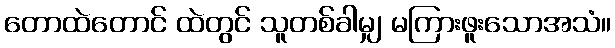
တောထဲတောင် ထဲတွင် သူတစ်ခါမျှ မကြားဖူးသောအသံ။